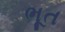
ભૂત